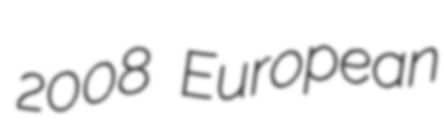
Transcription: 2008 European